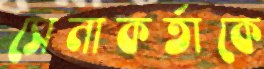
সেনাকর্তাকে